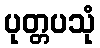
ပုတ္တပသုံ